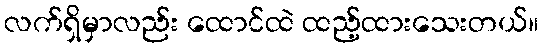
လက်ရှိမှာလည်း ထောင်ထဲ ထည့်ထားသေးတယ်။